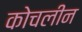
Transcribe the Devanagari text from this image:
कोचलीन